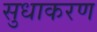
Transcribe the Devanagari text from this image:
सुधाकरण